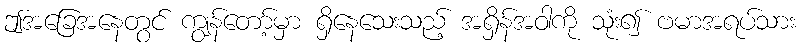
ဤအခြေအနေတွင် ကျွန်တော့်မှာ ရှိနေသေးသည့် အရှိန်အဝါကို သုံး၍ ဗမာအရပ်သား